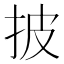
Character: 披